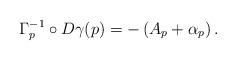
LaTeX: \begin{align*}\Gamma_p^{-1} \circ D \gamma(p) = - \left( A_p + \alpha_p \right).\end{align*}